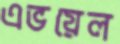
এভয়েল